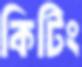
কিটিং